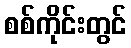
စစ်ကိုင်းတွင်